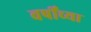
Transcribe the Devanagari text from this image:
वर्षींच्या